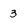
Character: 3